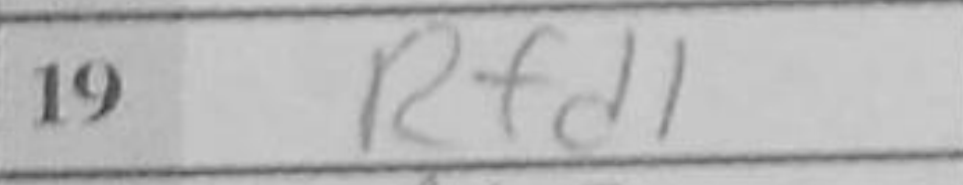
Transcription: Rfd1